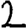
Digit: 2